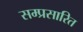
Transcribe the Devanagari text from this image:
सम्प्रसारित